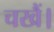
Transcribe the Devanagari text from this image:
चखैं।